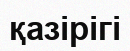
қазірігі